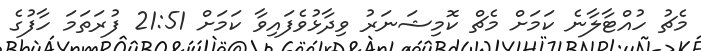
މެޗު ހުއްޓާލާނެ ކަމަށް މެޗް ކޮމިޝަނަރު ވިދާޅުވެފައިވާ ކަމަށް 21:51 ފުރަތަމަ ހާފުގެ